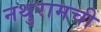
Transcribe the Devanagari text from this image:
नथुरामची